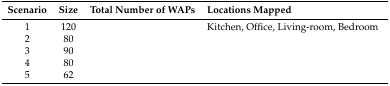
<table><thead><tr><td><b>Scenario</b></td><td><b>Size</b></td><td><b>Total Number of WAPs</b></td><td><b>Locations Mapped</b></td></tr></thead><tbody><tr><td>1</td><td>120</td><td>[EMPTY_CELL]</td><td>Kitchen, Office, Living-room, Bedroom</td></tr><tr><td>2</td><td>80</td><td>[EMPTY_CELL]</td><td>[EMPTY_CELL]</td></tr><tr><td>3</td><td>90</td><td>[EMPTY_CELL]</td><td>[EMPTY_CELL]</td></tr><tr><td>4</td><td>80</td><td>[EMPTY_CELL]</td><td>[EMPTY_CELL]</td></tr><tr><td>5</td><td>62</td><td>[EMPTY_CELL]</td><td>[EMPTY_CELL]</td></tr></tbody></table>